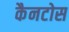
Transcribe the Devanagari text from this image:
कैनटोस